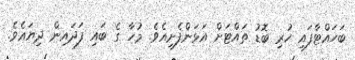
ބަހައްޓާފައި ހުރި ބޮޑު ތައްޓަށް އަޅަންފެށިއެވެ. މުހާ ގެ ބައި ފަދައިން ދިޔައެވެ.